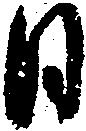
日